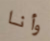
وأنا